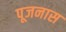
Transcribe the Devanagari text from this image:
पूजनास